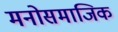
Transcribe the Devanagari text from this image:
मनोसमाजिक